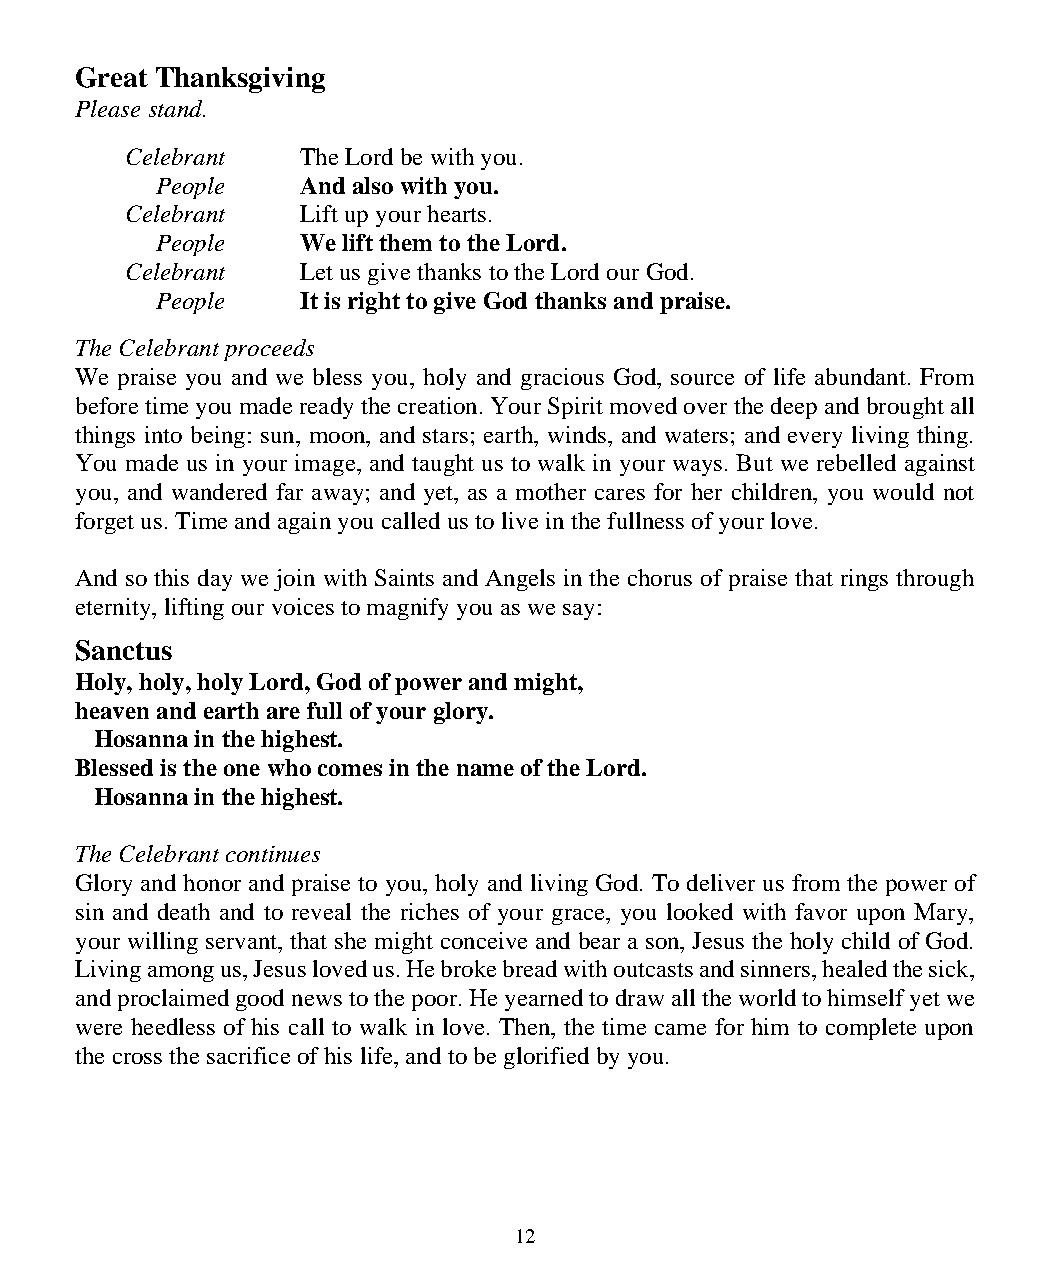
Great Thanksgiving
 Please stand.
 Celebrant   The Lord be with you.
 People    And also with you.
 Celebrant   Lift up your hearts.
 People    We lift them to the Lord.
 Celebrant   Let us give thanks to the Lord our God.
 People    It is right to give God thanks and praise.
 The Celebrant proceeds
 We praise you and we bless you, holy and gracious God, source of life abundant. From
 before time you made ready the creation. Your Spirit moved over the deep and brought all
 things into being: sun, moon, and stars; earth, winds, and waters; and every living thing.
 You made us in your image, and taught us to walk in your ways. But we rebelled against
 you, and wandered far away; and yet, as a mother cares for her children, you would not
 forget us. Time and again you called us to live in the fullness of your love.
 And so this day we join with Saints and Angels in the chorus of praise that rings through
 eternity, lifting our voices to magnify you as we say:
 Sanctus
 Holy, holy, holy Lord, God of power and might,
 heaven and earth are full of your glory.
 Hosanna in the highest.
 Blessed is the one who comes in the name of the Lord.
 Hosanna in the highest.
 The Celebrant continues
 Glory and honor and praise to you, holy and living God. To deliver us from the power of
 sin and death and to reveal the riches of your grace, you looked with favor upon Mary,
 your willing servant, that she might conceive and bear a son, Jesus the holy child of God.
 Living among us, Jesus loved us. He broke bread with outcasts and sinners, healed the sick,
 and proclaimed good news to the poor. He yearned to draw all the world to himself yet we
 were heedless of his call to walk in love. Then, the time came for him to complete upon
 the cross the sacrifice of his life, and to be glorified by you.
 12